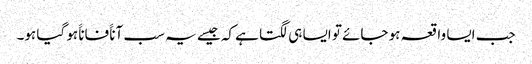
جب ایسا واقعہ ہو جائے تو ایسا ہی لگتا ہے کہ جیسے یہ سب آناََ فاناََ ہو گیا ہو۔